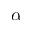
\alpha